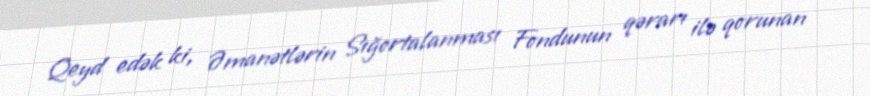
Qeyd edək ki, Əmanətlərin Sığortalanması Fondunun qərarı ilə qorunan